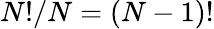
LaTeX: {N}!/N={\left(N-1\right)}!